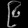
Digit: ၉